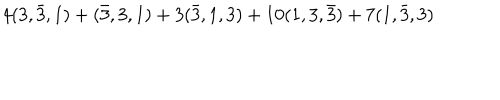
LaTeX: 4 ( 3 , \bar { 3 } , 1 ) + ( \bar { 3 } , 3 , 1 ) + 3 ( \bar { 3 } , 1 , 3 ) + 1 0 ( 1 , 3 , \bar { 3 } ) + 7 ( 1 , \bar { 3 } , 3 )